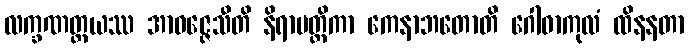
လက္ခဏတ္တယဿ အာဝဇ္ဇေသီတိ နိရာပတ္တိကာ ကေနာဘတောတိ ဂေါဓာကုလံ ထိနနတာ